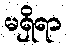
မရှိရာ